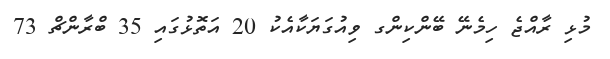
މުޅި ރާއްޖެ ހިމެނޭ ބޭންކިންގ ވިއުގަޔަކާއެކު 20 އަތޮޅުގައި 35 ބްރާންޗް 73